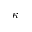
\kappa